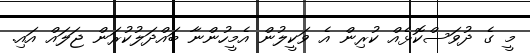
މީ ގެ ދުވަސްކޮޅެއް ކުރިން އެ ވަކީލުން އެމީހުންނާ ބައްދަލުކުރަން ޖަލައް އައި.